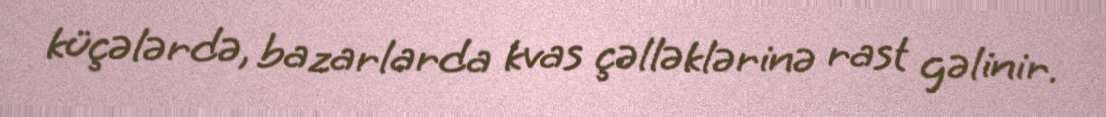
küçələrdə, bazarlarda kvas çəlləklərinə rast gəlinir.